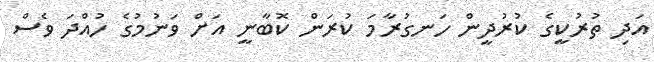
އަދި ތުރުކީގެ ކުރުދީން ހަނގުރާމަ ކުރަން ކޮބާނީ އަށް ވަނުމުގެ ހުއްދަ ވެސް